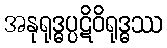
အနုရုဒ္ဓပ္ပဋိဝိရုဒ္ဓဿ